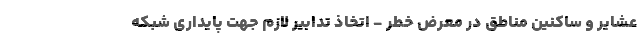
عشایر و ساکنین مناطق در معرض خطر - اتخاذ تدابیر لازم جهت پایداری شبکه